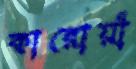
কারোয়াঁ